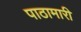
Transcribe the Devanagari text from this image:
पाठामारी